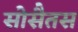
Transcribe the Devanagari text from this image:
सोसैतस